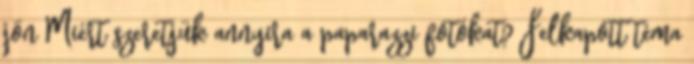
jön Miért szeretjük annyira a paparazzi fotókat? Felkapott téma